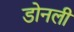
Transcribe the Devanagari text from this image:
डोनली